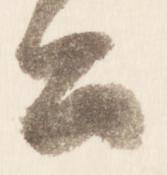
公